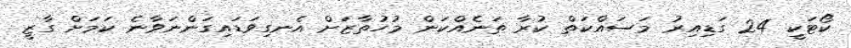
ކޯޓަކީ 24 ގަޑިއިރު މަސައްކަތް ކުރާ ތަނެއްކަން މުހުތާޒަށް އެނގިވަޑައިގަންނަވާނެ ކަމަށް ގާޒީ